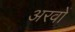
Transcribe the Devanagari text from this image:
अरवों